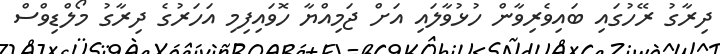
ދިރާގު ރޭހުގައި ބައިވެރިވާން ހުޅުވާލައި އަށް ޖަމިއްޔާ ހޮވައިފިމި އަހަރުގެ ދިރާގު މޯލްޑިވްސް